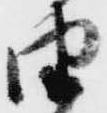
由